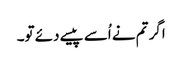
اگر تم نے اُسے پیسے دئے تو۔